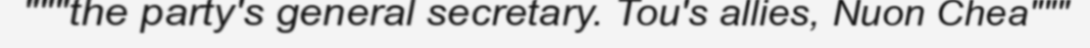
"""the party's general secretary. Tou's allies, Nuon Chea"""